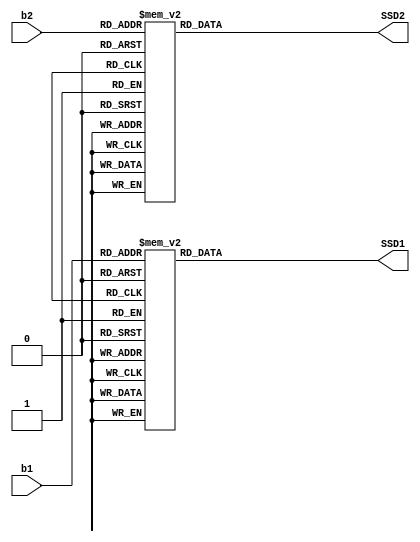
`timescale 1ns / 1ps
//////////////////////////////////////////////////////////////////////////////////
// Company: 
// Engineer: 
// 
// Design Name: 
// Module Name: BCD_To_SSD Decoder
// Project Name: 
// Target Devices: 
// Tool Versions: 
// Description: 
// 
// Dependencies: 
// 
// Revision:
// Revision 0.01 - File Created
// Additional Comments:
// 
//////////////////////////////////////////////////////////////////////////////////

module show_SSD(SSD1,SSD2,b1,b2);

output [7:0] SSD1;
output [7:0] SSD2;
input [3:0] b1;
input [3:0] b2;

reg [7:0] SSD1;
reg [7:0] SSD2;

always@(b1)
begin
case (b1)
4'd0 : SSD1=8'b00000011;
4'd1 : SSD1=8'b10011111;
4'd2 : SSD1=8'b00100101;
4'd3 : SSD1=8'b00001101;
4'd4 : SSD1=8'b10011001;
4'd5 : SSD1=8'b01001001;
4'd6 : SSD1=8'b01000001;
4'd7 : SSD1=8'b00011111;
4'd8 : SSD1=8'b00000001;
4'd9 : SSD1=8'b00001001;
default SSD1=8'b00000000;
endcase
end

always@(b2)
begin
case (b2)
4'd0 : SSD2=8'b00000011;
4'd1 : SSD2=8'b10011111;
4'd2 : SSD2=8'b00100101;
4'd3 : SSD2=8'b00001101;
4'd4 : SSD2=8'b10011001;
4'd5 : SSD2=8'b01001001;
4'd6 : SSD2=8'b01000001;
4'd7 : SSD2=8'b00011111;
4'd8 : SSD2=8'b00000001;
4'd9 : SSD2=8'b00001001;
default SSD2=8'b00000000;
endcase
end

endmodule